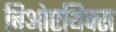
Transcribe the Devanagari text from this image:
बिओएथिक्स